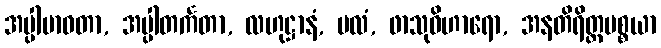
အပ္ပါဗာဓတာ, အပ္ပါတင်္ကတာ, လဟုဋ္ဌာနံ, ဗလံ, ဖာသုဝိဟာရော, အနတိရိတ္တပစ္စယာ